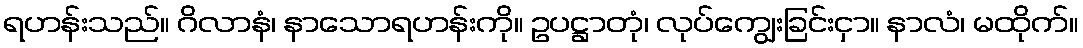
ရဟန်းသည်။ ဂိလာနံ၊ နာသောရဟန်းကို။ ဥပဋ္ဌာတုံ၊ လုပ်ကျွေးခြင်းငှာ။ နာလံ၊ မထိုက်။